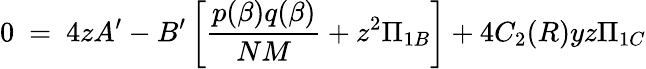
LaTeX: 0~=~4zA^{\prime}-B^{\prime}\left[\frac{p(\beta)q(\beta)}{NM}+z^{2}\Pi_{1B}\right]+4C_{2}(R)yz\Pi_{1C}